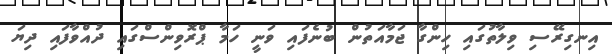
އިނގިރޭސި ވިލާތުގައި ހިންގާ ޖަމާއަތުން ބުނެފައި ވަނީ ހަމާ ޕްރޮވިންސްގައި ދުއްވާފައި ދިޔަ